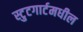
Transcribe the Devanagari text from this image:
स्टुटगार्टमधील